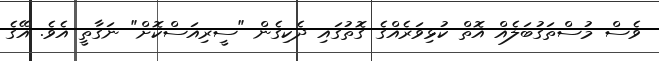
ވެސް މުސްތަގުބަލެއް އޮތް ކުޅިވަރެއްގެ ގޮތުގައި ދެކިގެން "ސީރިއަސްކޮށް" ނަގާތީ އެވެ. އޭގެ